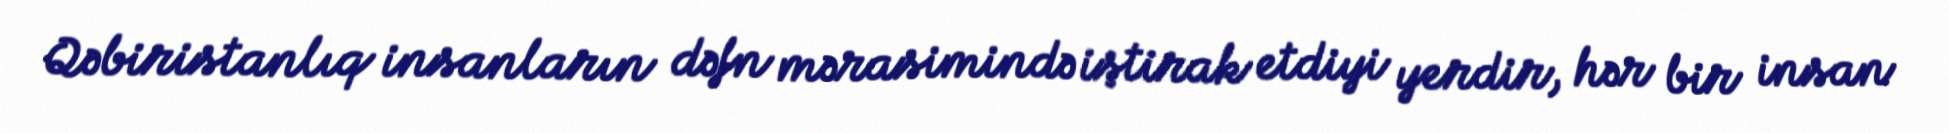
Qəbiristanlıq insanların dəfn mərasimində iştirak etdiyi yerdir, hər bir insan